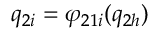
q _ { 2 i } = \varphi _ { 2 1 i } ( q _ { 2 h } )